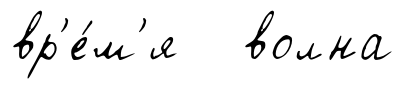
вр'е́м'я волна